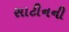
સાટીનની